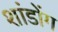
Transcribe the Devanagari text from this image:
शांडोंग